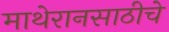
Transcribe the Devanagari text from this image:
माथेरानसाठीचे